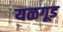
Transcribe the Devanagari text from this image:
यळगूड